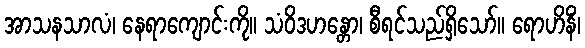
အာသနသာလံ၊ နေရာကျောင်းကို။ သံဝိဒဟန္တော၊ စီရင်သည်ရှိသော်။ ရောဟိနိံ၊